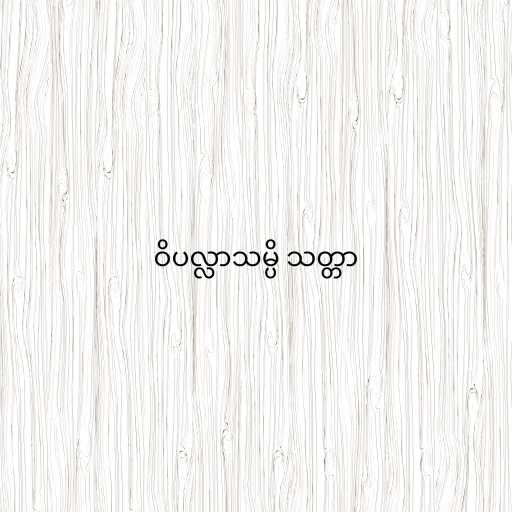
ဝိပလ္လာသမ္ပိ သတ္တာ